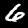
Digit: 6